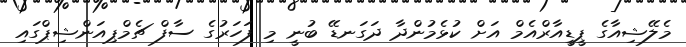
މެލޭޝިއާގެ ޕީޑީއާރްއެމް އަށް ކުޅެމުންދާ ދަގަނޑޭ ބުނީ މި ފަހަރުގެ ސާފް ޗެމްޕިއަންޝިޕްގައި